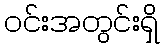
ဝင်းအတွင်းရှိ